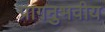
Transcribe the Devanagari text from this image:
प्रागनुभवीय